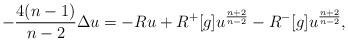
LaTeX: \begin{align*}-\frac {4(n-1)}{n-2}\Delta u = -R u + R^+[g] u^\frac {n+2}{n-2} - R^-[g] u^\frac {n+2}{n-2} ,\end{align*}